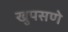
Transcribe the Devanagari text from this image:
खुपसणे